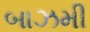
બાઝમી